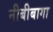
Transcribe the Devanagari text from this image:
नीबीबागा